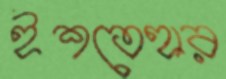
ইশতেহার